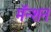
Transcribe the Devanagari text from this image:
मॅन्शन